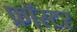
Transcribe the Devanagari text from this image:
फ्रॉस्टर